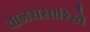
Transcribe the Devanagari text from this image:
वानरासारिखे